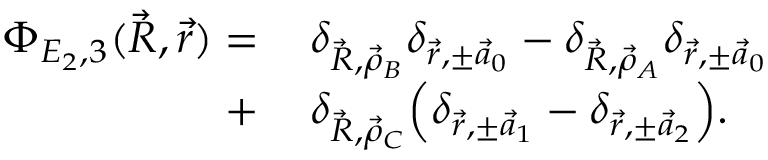
\begin{array} { r l } { \Phi _ { E _ { 2 } , 3 } ( \vec { R } , \vec { r } ) = \, } & { { } \delta _ { \vec { R } , \vec { \rho } _ { B } } \delta _ { \vec { r } , \pm \vec { a } _ { 0 } } - \delta _ { \vec { R } , \vec { \rho } _ { A } } \delta _ { \vec { r } , \pm \vec { a } _ { 0 } } } \\ { + \, } & { { } \delta _ { \vec { R } , \vec { \rho } _ { C } } \Big ( \delta _ { \vec { r } , \pm \vec { a } _ { 1 } } - \delta _ { \vec { r } , \pm \vec { a } _ { 2 } } \Big ) . } \end{array}